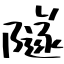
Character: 隧